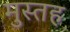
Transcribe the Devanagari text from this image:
मुस्तह